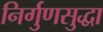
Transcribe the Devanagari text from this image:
निर्गुणसुद्धा